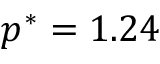
p ^ { * } = 1 . 2 4